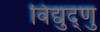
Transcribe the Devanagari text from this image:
विद्युद्णु